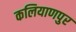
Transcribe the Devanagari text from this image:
कलियाणपुर